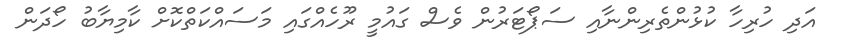
އަދި ހުރިހާ ކުޅުންތެރިންނާއި ސަޕޯޓަރުން ވެސް ގައުމީ ރޫހެއްގައި މަސައްކަތްކޮށް ކާމިޔާބު ހޯދަން